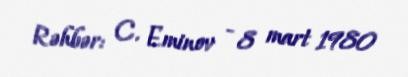
Rəhbər: C. Eminov - 8 mart 1980